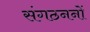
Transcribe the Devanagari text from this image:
संगठननों